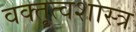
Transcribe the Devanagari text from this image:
वक्‍तृत्वशास्त्र